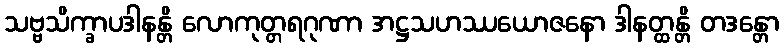
သဗ္ဗသိက္ခာပဒါနန္တိ လောကုတ္တရဂုဏာ အဋ္ဌသဟဿယောဇနော ဒါနတ္ထန္တိ တဒန္တော